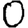
Digit: 0